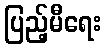
ပြည့်မီရေး